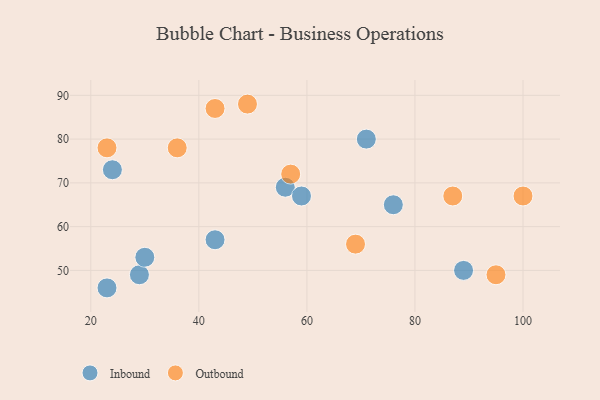
{"axis": {"x": "GDP", "y": "Life Expectancy"}, "legend": ["Inbound", "Outbound"], "data": [{"x": "71", "y": 80, "type": "Inbound"}, {"x": "56", "y": 69, "type": "Inbound"}, {"x": "89", "y": 50, "type": "Inbound"}, {"x": "29", "y": 49, "type": "Inbound"}, {"x": "59", "y": 67, "type": "Inbound"}, {"x": "76", "y": 65, "type": "Inbound"}, {"x": "43", "y": 57, "type": "Inbound"}, {"x": "30", "y": 53, "type": "Inbound"}, {"x": "23", "y": 46, "type": "Inbound"}, {"x": "24", "y": 73, "type": "Inbound"}, {"x": "49", "y": 88, "type": "Outbound"}, {"x": "36", "y": 78, "type": "Outbound"}, {"x": "100", "y": 67, "type": "Outbound"}, {"x": "69", "y": 56, "type": "Outbound"}, {"x": "23", "y": 78, "type": "Outbound"}, {"x": "43", "y": 87, "type": "Outbound"}, {"x": "87", "y": 67, "type": "Outbound"}, {"x": "57", "y": 72, "type": "Outbound"}, {"x": "95", "y": 49, "type": "Outbound"}]}